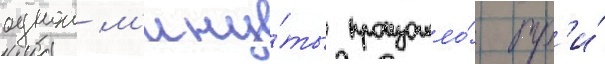
однои м'ину́ты произошло́ тр'и́